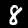
Digit: 8